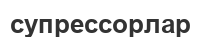
супрессорлар